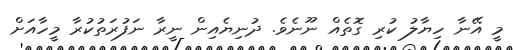
މީ އޭނާ ހިޔާލު ކުރި ގޮތެއް ނޫނެވެ. ދުނިޔެއިން ނީރާ ނަފުރަތުކުރާ މީހާއަށް